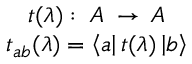
\begin{array} { c } { { t ( \lambda ) : \; { \cal A } \: \rightarrow \: { \cal A } } } \\ { { t _ { a b } ( \lambda ) = \left\langle a \right| t ( \lambda ) \left| b \right\rangle } } \end{array}